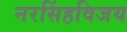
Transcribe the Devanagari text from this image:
नरसिंहविजय